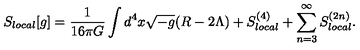
S _ { l o c a l } [ g ] = { \frac { 1 } { 1 6 \pi G } } \int d ^ { 4 } x \sqrt { - g } ( R - 2 \Lambda ) + S _ { l o c a l } ^ { ( 4 ) } + \sum _ { n = 3 } ^ { \infty } S _ { l o c a l } ^ { ( 2 n ) } .